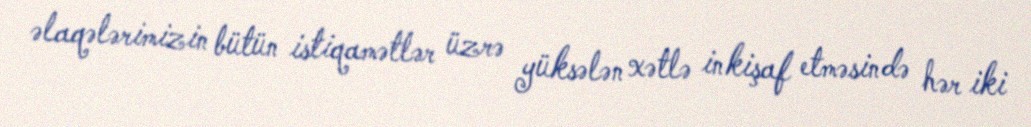
əlaqələrimizin bütün istiqamətlər üzrə yüksələn xətlə inkişaf etməsində hər iki